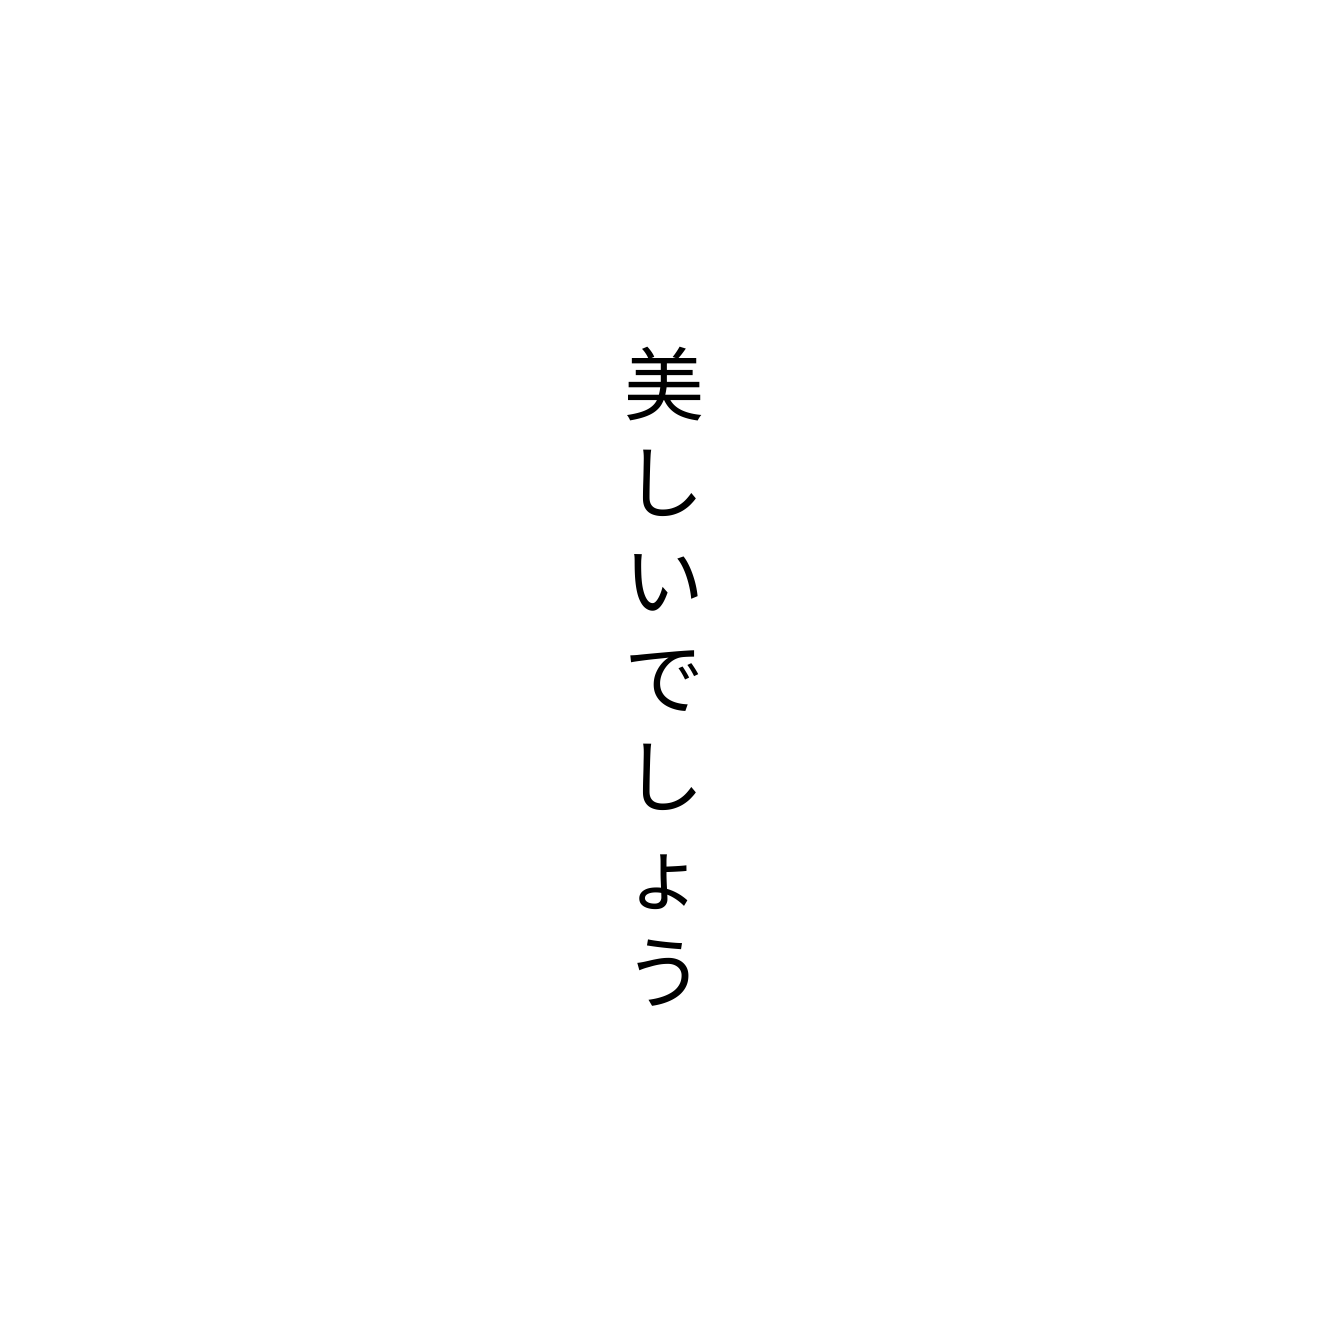
美しいでしょう